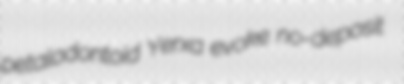
petalodontoid Yerxa evoke no-deposit